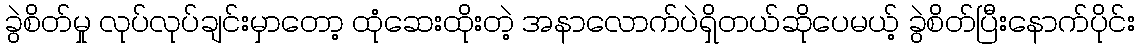
ခွဲစိတ်မှု လုပ်လုပ်ချင်းမှာတော့ ထုံဆေးထိုးတဲ့ အနာလောက်ပဲရှိတယ်ဆိုပေမယ့် ခွဲစိတ်ပြီးနောက်ပိုင်း